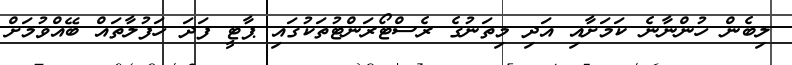
ލިބެން ހުންނާނެ ކަމަށާއި އަދި މިތަނުގެ ރެސްޓޯރަންޓުތަކުގައި ޕާޓީ ފަދަ ހަފުލާތައް ބޭއްވުމަށް